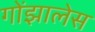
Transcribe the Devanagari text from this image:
गोंझालेस